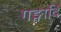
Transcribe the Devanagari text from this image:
गङ्गादि